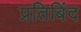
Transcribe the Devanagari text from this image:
प्रतिबिंद